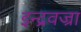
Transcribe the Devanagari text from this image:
इन्द्रवज्रा